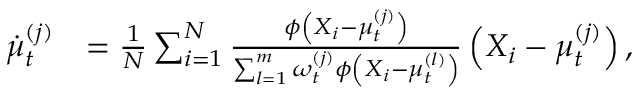
\begin{array} { r l } { \dot { \mu } _ { t } ^ { ( j ) } } & { = \frac { 1 } { N } \sum _ { i = 1 } ^ { N } \frac { \phi \left( X _ { i } - \mu _ { t } ^ { ( j ) } \right) } { \sum _ { l = 1 } ^ { m } \omega _ { t } ^ { ( j ) } \phi \left( X _ { i } - \mu _ { t } ^ { ( l ) } \right) } \left( X _ { i } - \mu _ { t } ^ { ( j ) } \right) , } \end{array}